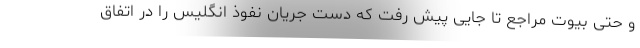
و حتی بیوت مراجع تا جایی پیش رفت که دست جریان نفوذ انگلیس را در اتفاق